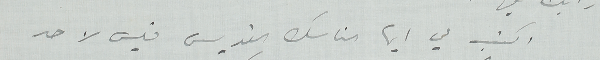
اكتب لي ايها الناسك  القديس فليس لاحد